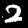
Digit: 2